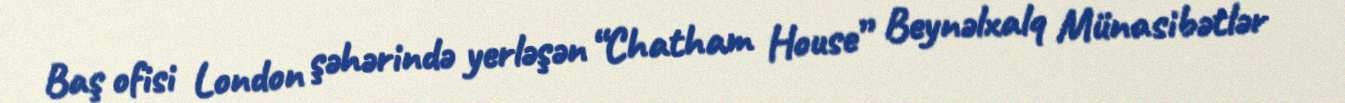
Baş ofisi London şəhərində yerləşən “Chatham House” Beynəlxalq Münasibətlər